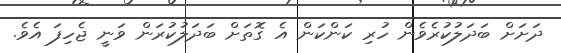
ދަށަށް ބަދަލުކުރެވެން ހުރި ކަންކަން އެ ގޮތަށް ބަދަލުކުރަން ވަނީ ޖެހިފަ އެވެ.